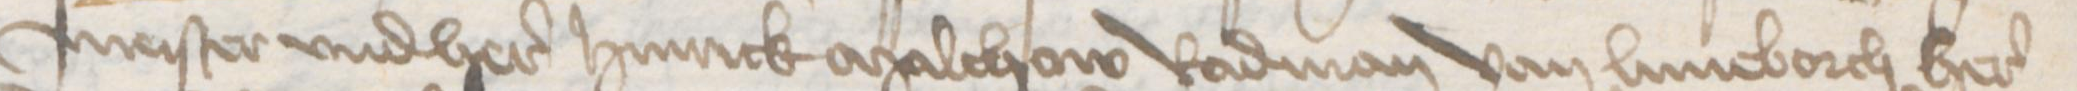
Transcription: meister vnd here Hinrick Malchow Radman van Luneborch here